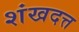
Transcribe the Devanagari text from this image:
शंखदत्त